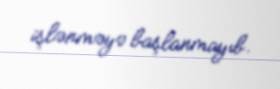
işlənməyə başlanmayıb.